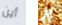
أين لم